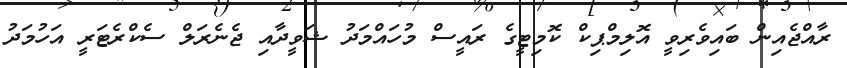
ރާއްޖެއިން ބައިވެރިވީ އޮލިމްޕިކް ކޮމިޓީގެ ރައީސް މުހައްމަދު ޝަވީދާއި ޖެނެރަލް ސެކްރެޓަރީ އަހުމަދު